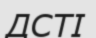
ДСТІ